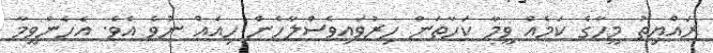
ރައްޔިތު މީހާގެ ކަމެއް ވީމާ ކަހާތަން ހިރުވައިވެސްލާހެން ހިއެއް ނުވެ އެވެ. އެހެންވީމާ